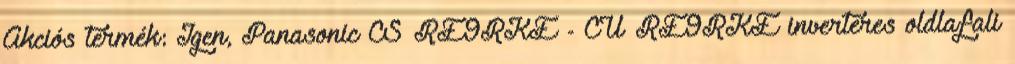
Akciós termék: Igen, Panasonic CS‐RE9RKE - CU‐RE9RKE inverteres oldlafali